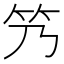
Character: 𬔬